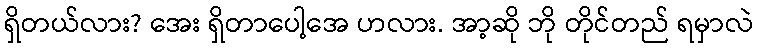
ရှိတယ်လား? အေး ရှိတာပေါ့အေ ဟလား. အာ့ဆို ဘို တိုင်တည် ရမှာလဲ